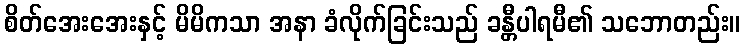
စိတ်အေးအေးနှင့် မိမိကသာ အနာ ခံလိုက်ခြင်းသည် ခန္တီပါရမီ၏ သဘောတည်း။